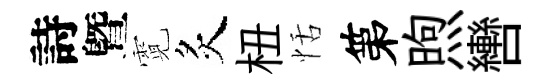
詩曁霓炙杻恬第煦轡